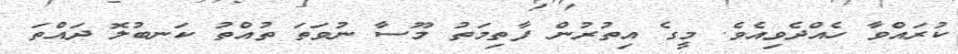
ކުރައްވާ ހެއްދެވިއެވެ. މީގެ އިތުރުން ފާތިމަތު މޫސާ ނުވަތަ ތުއްތު ކަނބުލޮ ދައްތަ